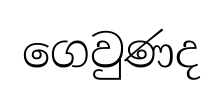
ගෙවුණද